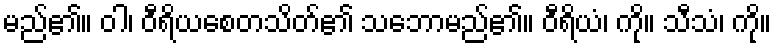
မည်၏။ ဝါ၊ ဝီရိယစေတသိတ်၏ သဘောမည်၏။ ဝီရိယံ၊ ကို။ သီသံ၊ ကို။